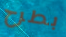
بطرح